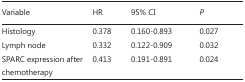
<table><thead><tr><td><b>Variable</b></td><td><b>HR</b></td><td><b>95% CI</b></td><td><b><i>P</i></b></td></tr></thead><tbody><tr><td>Histology</td><td>0.378</td><td>0.160-0.893</td><td>0.027</td></tr><tr><td>Lymph node</td><td>0.332</td><td>0.122-0.909</td><td>0.032</td></tr><tr><td>SPARC expression after chemotherapy</td><td>0.413</td><td>0.191-0.891</td><td>0.024</td></tr></tbody></table>